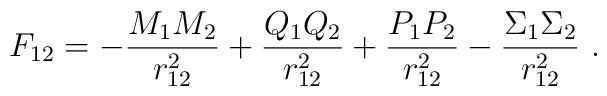
F_{12} = - \frac{M_1 M_2}{r_{12}^2} +\frac{Q_1 Q_2}{r_{12}^2} +\frac{P_1 P_2}{r_{12}^2} - \frac{\Sigma_1 \Sigma_2}{r_{12}^2} \ .